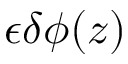
\epsilon \delta \phi ( z )